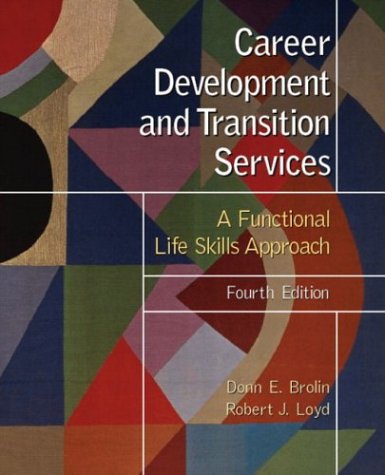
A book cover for Career Development and Transition Services: A Functional Life Skills Approach (4th Edition); Donn E. Brolin; Education & Teaching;